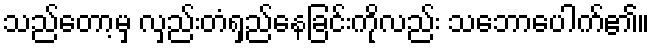
သည်တော့မှ လှည်းတံရှည်နေခြင်းကိုလည်း သဘောပေါက်၏။